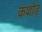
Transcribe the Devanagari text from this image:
कथोड़